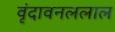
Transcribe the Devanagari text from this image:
वृंदावनललाल